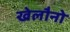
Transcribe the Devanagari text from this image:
खेलौनो